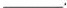
___.